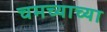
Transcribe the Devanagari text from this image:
चमच्याच्या